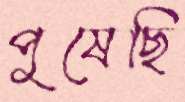
পুষেছি